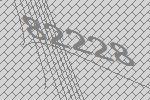
82228